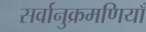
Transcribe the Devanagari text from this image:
सर्वानुक्रमणियाँ